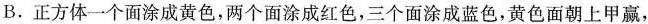
B.正方体一个面涂成黄色，两个面涂成红色，三个面涂成蓝色，黄色面朝上甲赢，